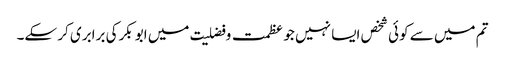
تم میں سے کوئی شخص ایسا نہیں جو عظمت و فضلیت میں ابو بکرکی برابری کر سکے۔